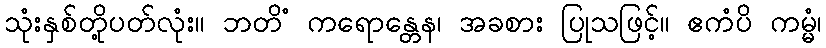
သုံးနှစ်တို့ပတ်လုံး။ ဘတိံ ကရောန္တေန၊ အခစား ပြုသဖြင့်။ ဧကံပိ ကမ္မံ၊